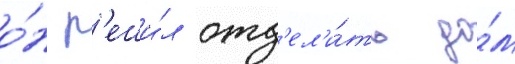
о́н р'еши́л отд'ел'и́ть до́м